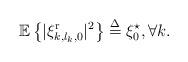
LaTeX: \begin{align*} {\mathbb E}\left\{|{\xi _{k,{l_k},0}^{\rm r} }|^2\right\} \buildrel \Delta \over = \xi _{0}^\star,\forall k.\end{align*}